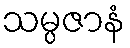
သမ္ပဇာနံ